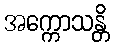
အက္ကောသန္တိ